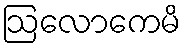
ဩလောကေမိ